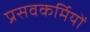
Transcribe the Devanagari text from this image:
प्रसवकर्मियों